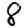
Digit: 8